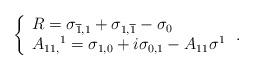
LaTeX: \begin{align*}\left\{\begin{array}{l}R=\sigma _{\overline{1},1}+\sigma _{1,\overline{1}}-\sigma _{0} \\A_{11,}{}^{1}=\sigma _{1,0}+i\sigma _{0,1}-A_{11}\sigma ^{1}\end{array}\right. . \end{align*}